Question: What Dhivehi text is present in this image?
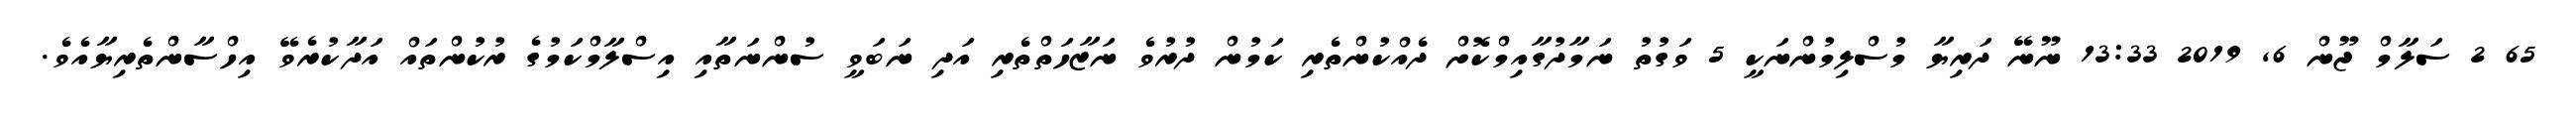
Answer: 65 2 ސަލާމް ޖޫން 6, 2019 13:33 ނޫނޭ ދަރިޔާ މުސްލިމުންނަކީ 5 ވަގުތު ނަމާދުގާއިމްކޮށް ދެއްކުންތެރި ކަމުން ދުރުވެ ނަޒާހަތްތެރި އަދި ނަބަވީ ސުންނަތާއި އިސްލާމްކަމުގެ ރުކުންތައް އަދާކުރެވޭ އިހްސާންތެރިޔާއެވެ.